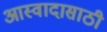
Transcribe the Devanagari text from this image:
आस्वादासाठी